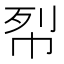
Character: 㡂